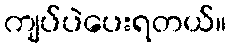
ကျပ်ပဲပေးရတယ်။